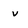
Character: v